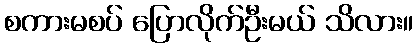
စကားမစပ် ပြောလိုက်ဦးမယ် သိလား။